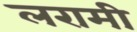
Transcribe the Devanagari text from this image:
लरामी